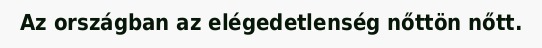
Az országban az elégedetlenség nőttön nőtt.